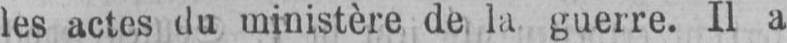
les actes du ministère de la guerre. Il a